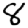
Digit: 8